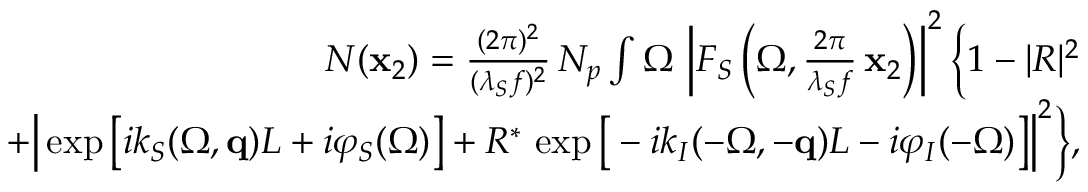
\begin{array} { r l r } & { } & { N ( { \bf x } _ { 2 } ) = \frac { ( 2 \pi ) ^ { 2 } } { ( \lambda _ { S } f ) ^ { 2 } } \, N _ { p } \int \d \Omega \, \left| F _ { S } \left( \Omega , \frac { 2 \pi } { \lambda _ { S } f } \, { \bf x } _ { 2 } \right) \right| ^ { 2 } \Big \{ 1 - | R | ^ { 2 } } \\ & { } & { + \Big | \exp \big [ i k _ { S } ( \Omega , { \bf q } ) L + i \varphi _ { S } ( \Omega ) \big ] + R ^ { * } \, \exp \big [ - i k _ { I } ( - \Omega , - { \bf q } ) L - i \varphi _ { I } ( - \Omega ) \big ] \Big | ^ { 2 } \Big \} , } \end{array}